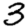
Digit: 3